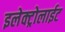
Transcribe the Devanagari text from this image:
इलेक्ट्रोलाईट